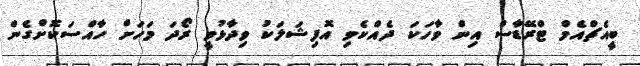
ބީއެޗްއެމް ޓްރޭޑާސް އިން ވާހަކަ ދެއްކެވި އޮފިޝަލަކު ވިދާޅުވީ ރޯދަ މަހަށް ހާއްސަކޮށްގެން